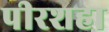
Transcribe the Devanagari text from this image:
पीरशहा